Proceedings of the meeting of veterinary officers in India
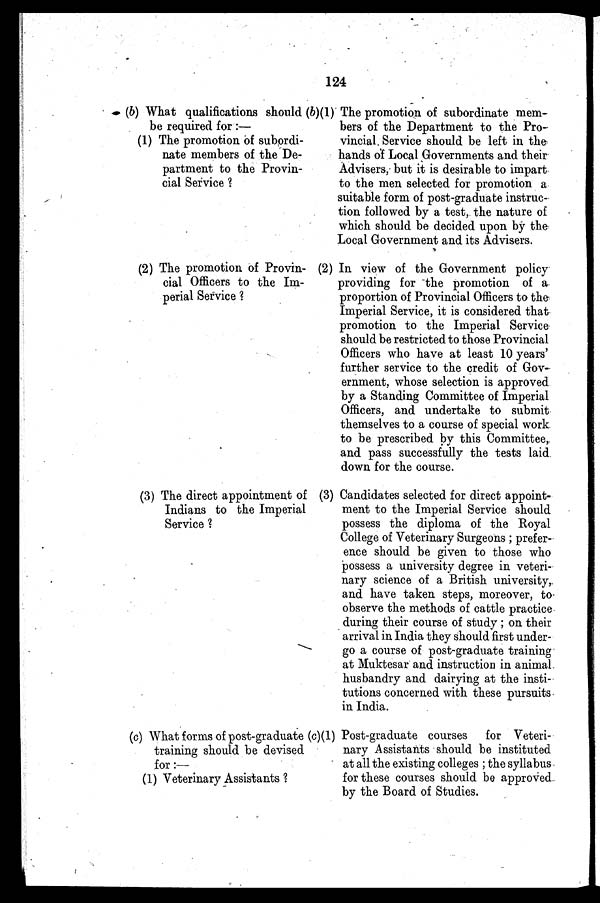
124
(b) What qualifications should
be required for :—
(1) The promotion of subordi-
nate members of the De-
partment to the Provin-
cial Service ?
(2) The promotion of Provin-
cial Officers to the Im-
perial Service ?
(3) The direct appointment of
Indians to the Imperial
Service ?
(c) What forms of post-graduate
training should be devised
for:—
(1) Veterinary Assistants ?
(b)(1) The promotion of subordinate mem-
bers of the Department to the Pro-
vincial Service should be left in the
hands of Local Governments and their
Advisers, but it is desirable to impart
to the men selected for promotion a
suitable form of post-graduate instruc-
tion followed by a test, the nature of
which should be decided upon by the
Local Government and its Advisers.
(2) In view of the Government policy
providing for the promotion of a
proportion of Provincial Officers to the
Imperial Service, it is considered that
promotion to the Imperial Service
should be restricted to those Provincial
Officers who have at least 10 years'
further service to the credit of Gov-
ernment, whose selection is approved
by a Standing Committee of Imperial
Officers, and undertake to submit
themselves to a course of special work
to be prescribed by this Committee,
and pass successfully the tests laid
down for the course.
(3) Candidates selected for direct appoint-
ment to the Imperial Service should
possess the diploma of the Royal
College of Veterinary Surgeons ; prefer-
ence should be given to those who
possess a university degree in veteri-
nary science of a British university,
and have taken steps, moreover, to
observe the methods of cattle practice
during their course of study ; on their
arrival in India they should first under-
go a course of post-graduate training
at Muktesar and instruction in animal
husbandry and dairying at the insti-
tutions concerned with these pursuits
in India.
(c)(1) Post-graduate courses for Veteri-
nary Assistants should be instituted
at all the existing colleges ; the syllabus
for these courses should be approved
by the Board of Studies.